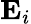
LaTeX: \mathbf{E}_{i}